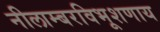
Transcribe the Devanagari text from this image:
नीलाम्बरविभूशणाय